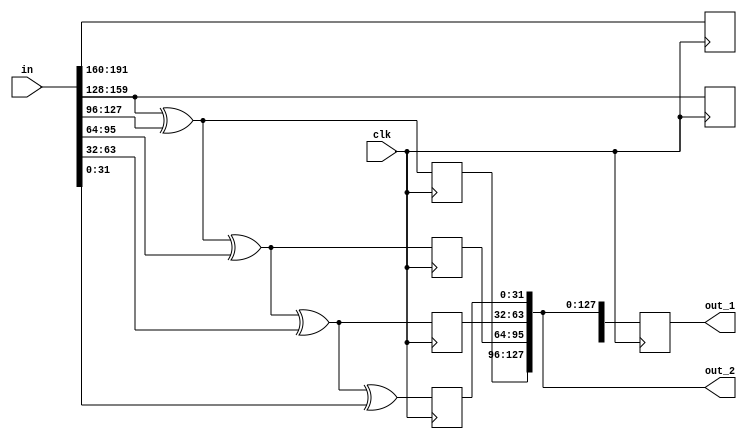
module expand_key_type_B_192_1 (clk, in, out_1, out_2);
    input              clk;
    input      [191:0] in;
    output reg [191:0] out_1;
    output     [127:0] out_2;
    wire       [31:0]  k0, k1, k2, k3, k4, k5,
                       v2, v3, v4, v5;
    reg        [31:0]  k0a, k1a, k2a, k3a, k4a, k5a;
    assign {k0, k1, k2, k3, k4, k5} = in;
    assign v2 = k1 ^ k2;
    assign v3 = v2 ^ k3;
    assign v4 = v3 ^ k4;
    assign v5 = v4 ^ k5;
    always @ (posedge clk)
        {k0a, k1a, k2a, k3a, k4a, k5a} <= {k0, k1, v2, v3, v4, v5};
    always @ (posedge clk)
        out_1 <= {k0a, k1a, k2a, k3a, k4a, k5a};
    assign out_2 = {k2a, k3a, k4a, k5a};
endmodule